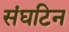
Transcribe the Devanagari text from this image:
संघटिन